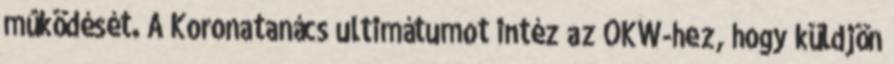
mûködését. A Koronatanács ultimátumot intéz az OKW-hez, hogy küldjön